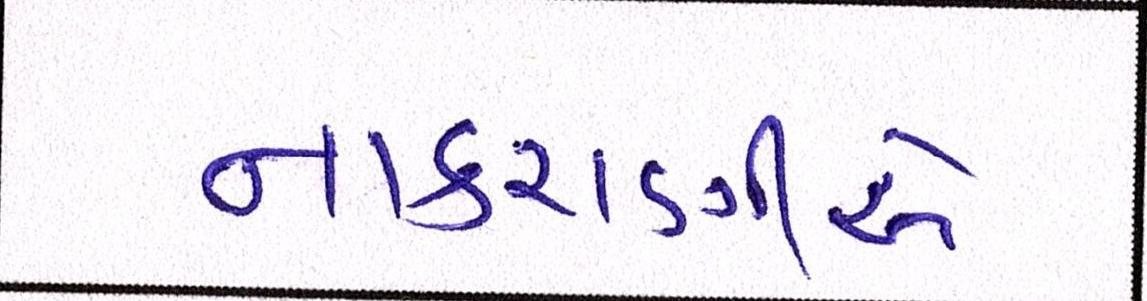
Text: નાકરાણીએ